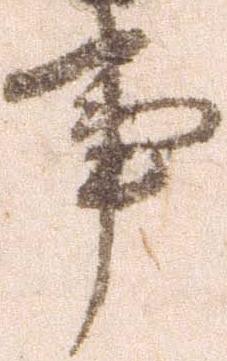
事